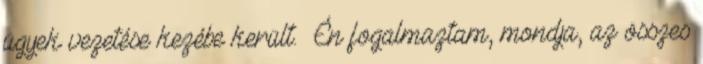
ügyek vezetése kezébe került. «Én fogalmaztam, mondja, az összes